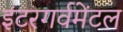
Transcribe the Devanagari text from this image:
इंटरगर्वमेंटल